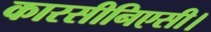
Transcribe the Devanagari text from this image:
कारसीनिएसी।